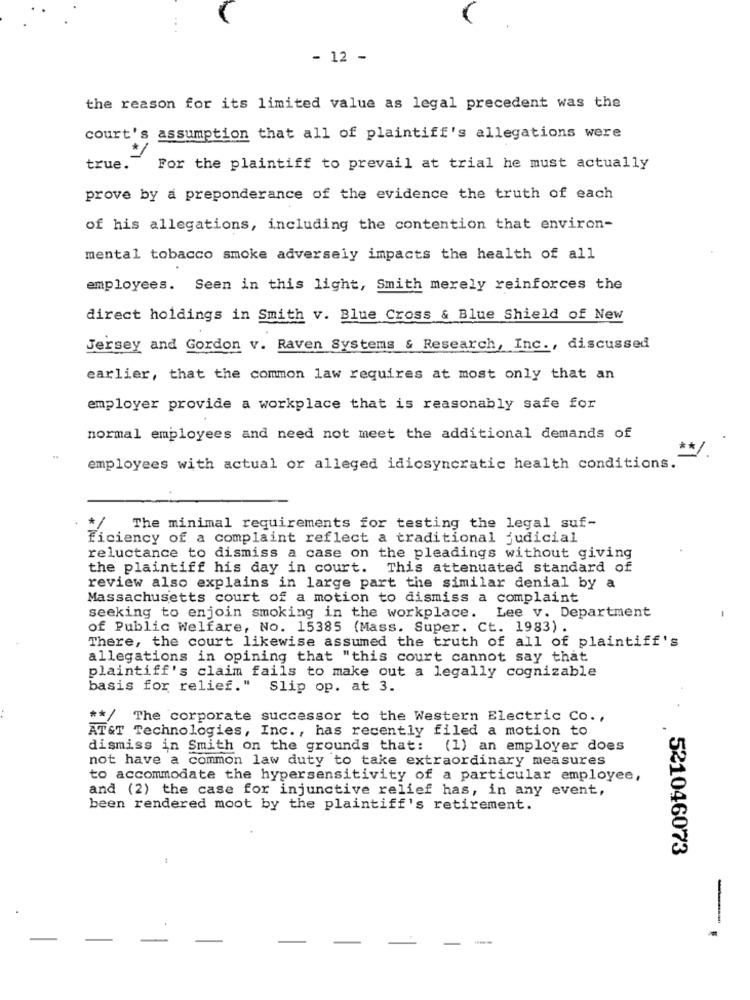
- 12 -
the reason for its limited value as legal precedent was the
court's assumption that all of plaintiff's allegations were
true.
For the plaintiff to prevail at trial he must actually
prove by a preponderance of the evidence the truth of each
of his allegations, including the contention that environ-
mental tobacco smoke adversely impacts the health of all
employees. Seen in this light, Smith merely reinforces the
direct holdings in Smith v. Blue Cross & Blue Shield of New
Jersey and Gordon v. Raven Systems & Research, Inc ., discussed
earlier, that the common law requires at most only that an
employer provide a workplace that is reasonably safe for
normal employees and need not meet the additional demands of
**
employees with actual or alleged idiosyncratic health conditions.
*/ The minimal requirements for testing the legal suf-
Ficiency of a complaint reflect a traditional judicial
reluctance to dismiss a case on the pleadings without giving
the plaintiff his day in court.
This attenuated standard of
review also explains in large part the similar denial by a
Massachusetts court of a motion to dismiss a complaint
seeking to enjoin smoking in the workplace. Lee v. Department
of Public Welfare, No. 15385 (Mass. Super. Ct. 1983).
There, the court likewise assumed the truth of all of plaintiff's
allegations in opining that "this court cannot say that
plaintiff's claim fails to make out a legally cognizable
basis for relief."
Slip op. at 3.
** / The corporate successor to the Western Electric Co .,
AT&T Technologies, Inc ., has recently filed a motion to
dismiss in Smith on the grounds that: (1) an employer does
not have a common law duty to take extraordinary measures
to accommodate the hypersensitivity of a particular employee,
and (2) the case for injunctive relief has, in any event,
been rendered moot by the plaintiff's retirement.
. 521046073
-
-